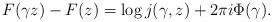
LaTeX: \begin{align*}F(\gamma z) - F(z) = \log j(\gamma, z) + 2\pi i \Phi(\gamma).\end{align*}